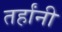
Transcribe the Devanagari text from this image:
तर्हांनी